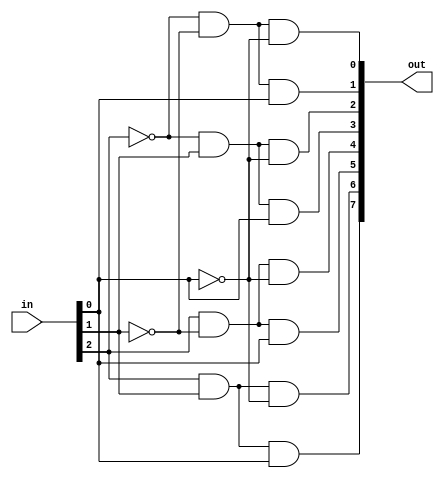
module decoder3_8 (in, out);
  // --- inputs and outputs ---
  input [2:0] in;
  output [7:0] out;

  // --- wires ---
  wire [2:0] nin;

  // --- code ---
  assign nin[0] = ~in[0];
  assign nin[1] = ~in[1];
  assign nin[2] = ~in[2];
  
  assign out[0] = nin[2] & nin[1] & nin[0];
  assign out[1] = nin[2] & nin[1] &  in[0];
  assign out[2] = nin[2] &  in[1] & nin[0];
  assign out[3] = nin[2] &  in[1] &  in[0];
  assign out[4] =  in[2] & nin[1] & nin[0];
  assign out[5] =  in[2] & nin[1] &  in[0];
  assign out[6] =  in[2] &  in[1] & nin[0];
  assign out[7] =  in[2] &  in[1] &  in[0];
endmodule